Report on the lunatic asylums in Bengal - 1862-
Year: 1862
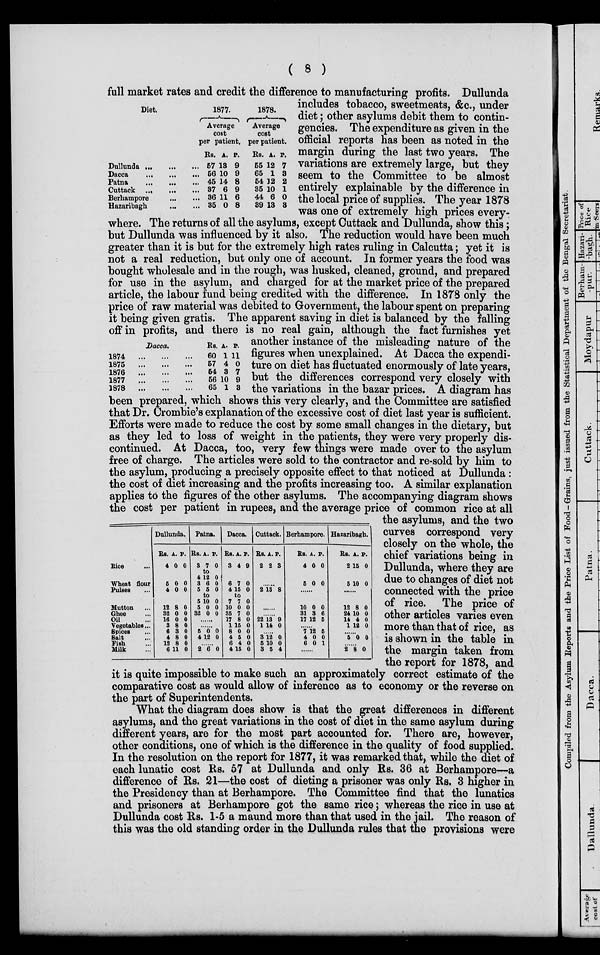
( 8 )
Diet.
Dullunda
...
...
...
Dacca
...
...
...
Patna ... ...
...
Cuttack
... ... ...
Berhampore
...
...
Hazaribagh
...
...
1877.
Average
cost
per patient.
Rs.
57
56
45
37
36
35
A.
13
10
14
6
11
0
P.
9
9
8
9
6
8
1878.
Average
cost
per patient.
Rs.
55
65
54
35
44
39
A.
12
1
12
10
6
13
P.
7
3
2
1
0
3
Dacca.
1874
...
...
...
1875
...
...
...
1876
...
...
...
1877
...
...
...
1878
...
...
...
Rs.
60
57
54
56
65
A.
1
4
3
10
1
P.
11
0
7
9
3
Rice ...
Wheat flour
Pulses ...
Mutton ...
Ghee ...
Oil ...
Vegetables...
Spices ...
Salt ...
Fish ...
Milk ...
Dullunda.
Rs.
4
5
4
12
32
16
3
6
4
12
6
A.
0
0
0
8
0
0
8
3
8
8
11
P.
0
0
0
0
0
0
0
0
0
0
0
Patna.
Rs.
3
A.
7
P.
0
to
4
3
5
12
6
5
0
0
0
to
5
5
32
10
0
0
0
0
0
......
......
5
4
0
12
0
0
......
2 6 0
Dacca.
Rs.
3
6
4
A.
4
7
15
P.
9
0
0
to
7
10
35
17
1
8
4
6
4
7
0
7
8
15
0
5
4
15
0
0
0
0
0
0
0
0
0
Cuttack.
Rs.
2
A.
2
P.
3
......
2 13 8
......
22
1
13
14
9
0
3
5
3
12
10
5
0
0
4
Berhampore.
Rs.
4
5
A.
0
0
P.
0
0
......
10
31
17
0
3
12
0
6
5
......
7
4
6
12
0
0
5
0
1
......
Hazaribagh.
Rs.
2
5
A.
15
10
P.
0
0
......
12
24
14
1
8
10
4
12
0
0
0
0
......
5 0 0
......
2 8 0
full market rates and credit the difference to manufacturing profits. Dullunda
includes tobacco, sweetmeats, &c., under
diet; other asylums debit them to contin-
gencies. The expenditure as given in the
official reports has been as noted in the
margin during the last two years. The
variations are extremely large, but they
seem to the Committee to be almost
entirely explainable by the difference in
the local price of supplies. The year 1878
was one of extremely high prices every-
where. The returns of all the asylums, except Cuttack and Dullunda, show this;
but Dullunda was influenced by it also. The reduction would have been much
greater than it is but for the extremely high rates ruling in Calcutta; yet it is
not a real reduction, but only one of account. In former years the food was
bought wholesale and in the rough, was husked, cleaned, ground, and prepared
for use in the asylum, and charged for at the market price of the prepared
article, the labour fund being credited with the difference. In 1878 only the
price of raw material was debited to Government, the labour spent on preparing
it being given gratis. The apparent saving in diet is balanced by the falling
off in profits, and there is no real gain, although the fact furnishes yet
another instance of the misleading nature of the
figures when unexplained. At Dacca the expendi-
ture on diet has fluctuated enormously of late years,
but the differences correspond very closely with
the variations in the bazar prices. A diagram has
been prepared, which shows this very clearly, and the Committee are satisfied
that Dr. Crombie's explanation of the excessive cost of diet last year is sufficient.
Efforts were made to reduce the cost by some small changes in the dietary, but
as they led to loss of weight in the patients, they were very properly dis-
continued. At Dacca, too, very few things were made over to the asylum
free of charge. The articles were sold to the contractor and re-sold by him to
the asylum, producing a precisely opposite effect to that noticed at Dullunda:
the cost of diet increasing and the profits increasing too. A similar explanation
applies to the figures of the other asylums. The accompanying diagram shows
the cost per patient in rupees, and the average price of common rice at all
the asylums, and the two
curves correspond very
closely on the whole, the
chief variations being in
Dullunda, where they are
due to changes of diet not
connected with the price
of rice. The price of
other articles varies even
more than that of rice, as
is shown in the table in
the margin taken from
the report for 1878, and
it is quite impossible to make such an approximately correct estimate of the
comparative cost as would allow of inference as to economy or the reverse on
the part of Superintendents.
What the diagram does show is that the great differences in different
asylums, and the great variations in the cost of diet in the same asylum during
different years, are for the most part accounted for. There are, however,
other conditions, one of which is the difference in the quality of food supplied.
In the resolution on the report for 1877, it was remarked that, while the diet of
each lunatic cost Rs. 57 at Dullunda and only Rs. 36 at Berhampore—a
difference of Rs. 21—the cost of dieting a prisoner was only Rs. 3 higher in
the Presidency than at Berhampore. The Committee find that the lunatics
and prisoners at Berhampore got the same rice; whereas the rice in use at
Dullunda cost Rs. 1-5 a maund more than that used in the jail. The reason of
this was the old standing order in the Dullunda rules that the provisions were